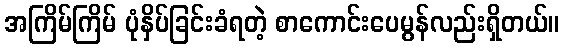
အကြိမ်ကြိမ် ပုံနှိပ်ခြင်းခံရတဲ့ စာကောင်းပေမွန်လည်းရှိတယ်။